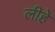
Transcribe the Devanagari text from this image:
लीहे